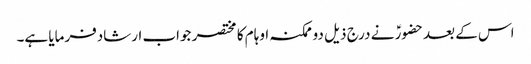
اس کے بعدحضورؑ نے درج ذیل دو ممکنہ اوہام کا مختصر جواب ارشادفرمایا ہے۔